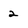
Character: 2